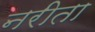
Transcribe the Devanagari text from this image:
नरीता